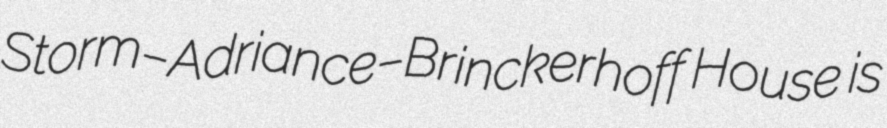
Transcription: Storm–Adriance–Brinckerhoff House is